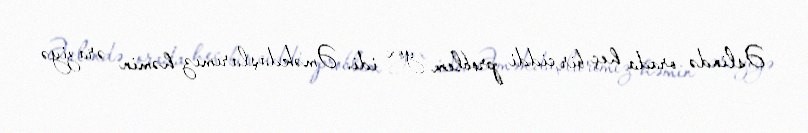
Əslində orada heç bir ciddi problem yox idi. Əməkdaşlarımız həmin əraziyə